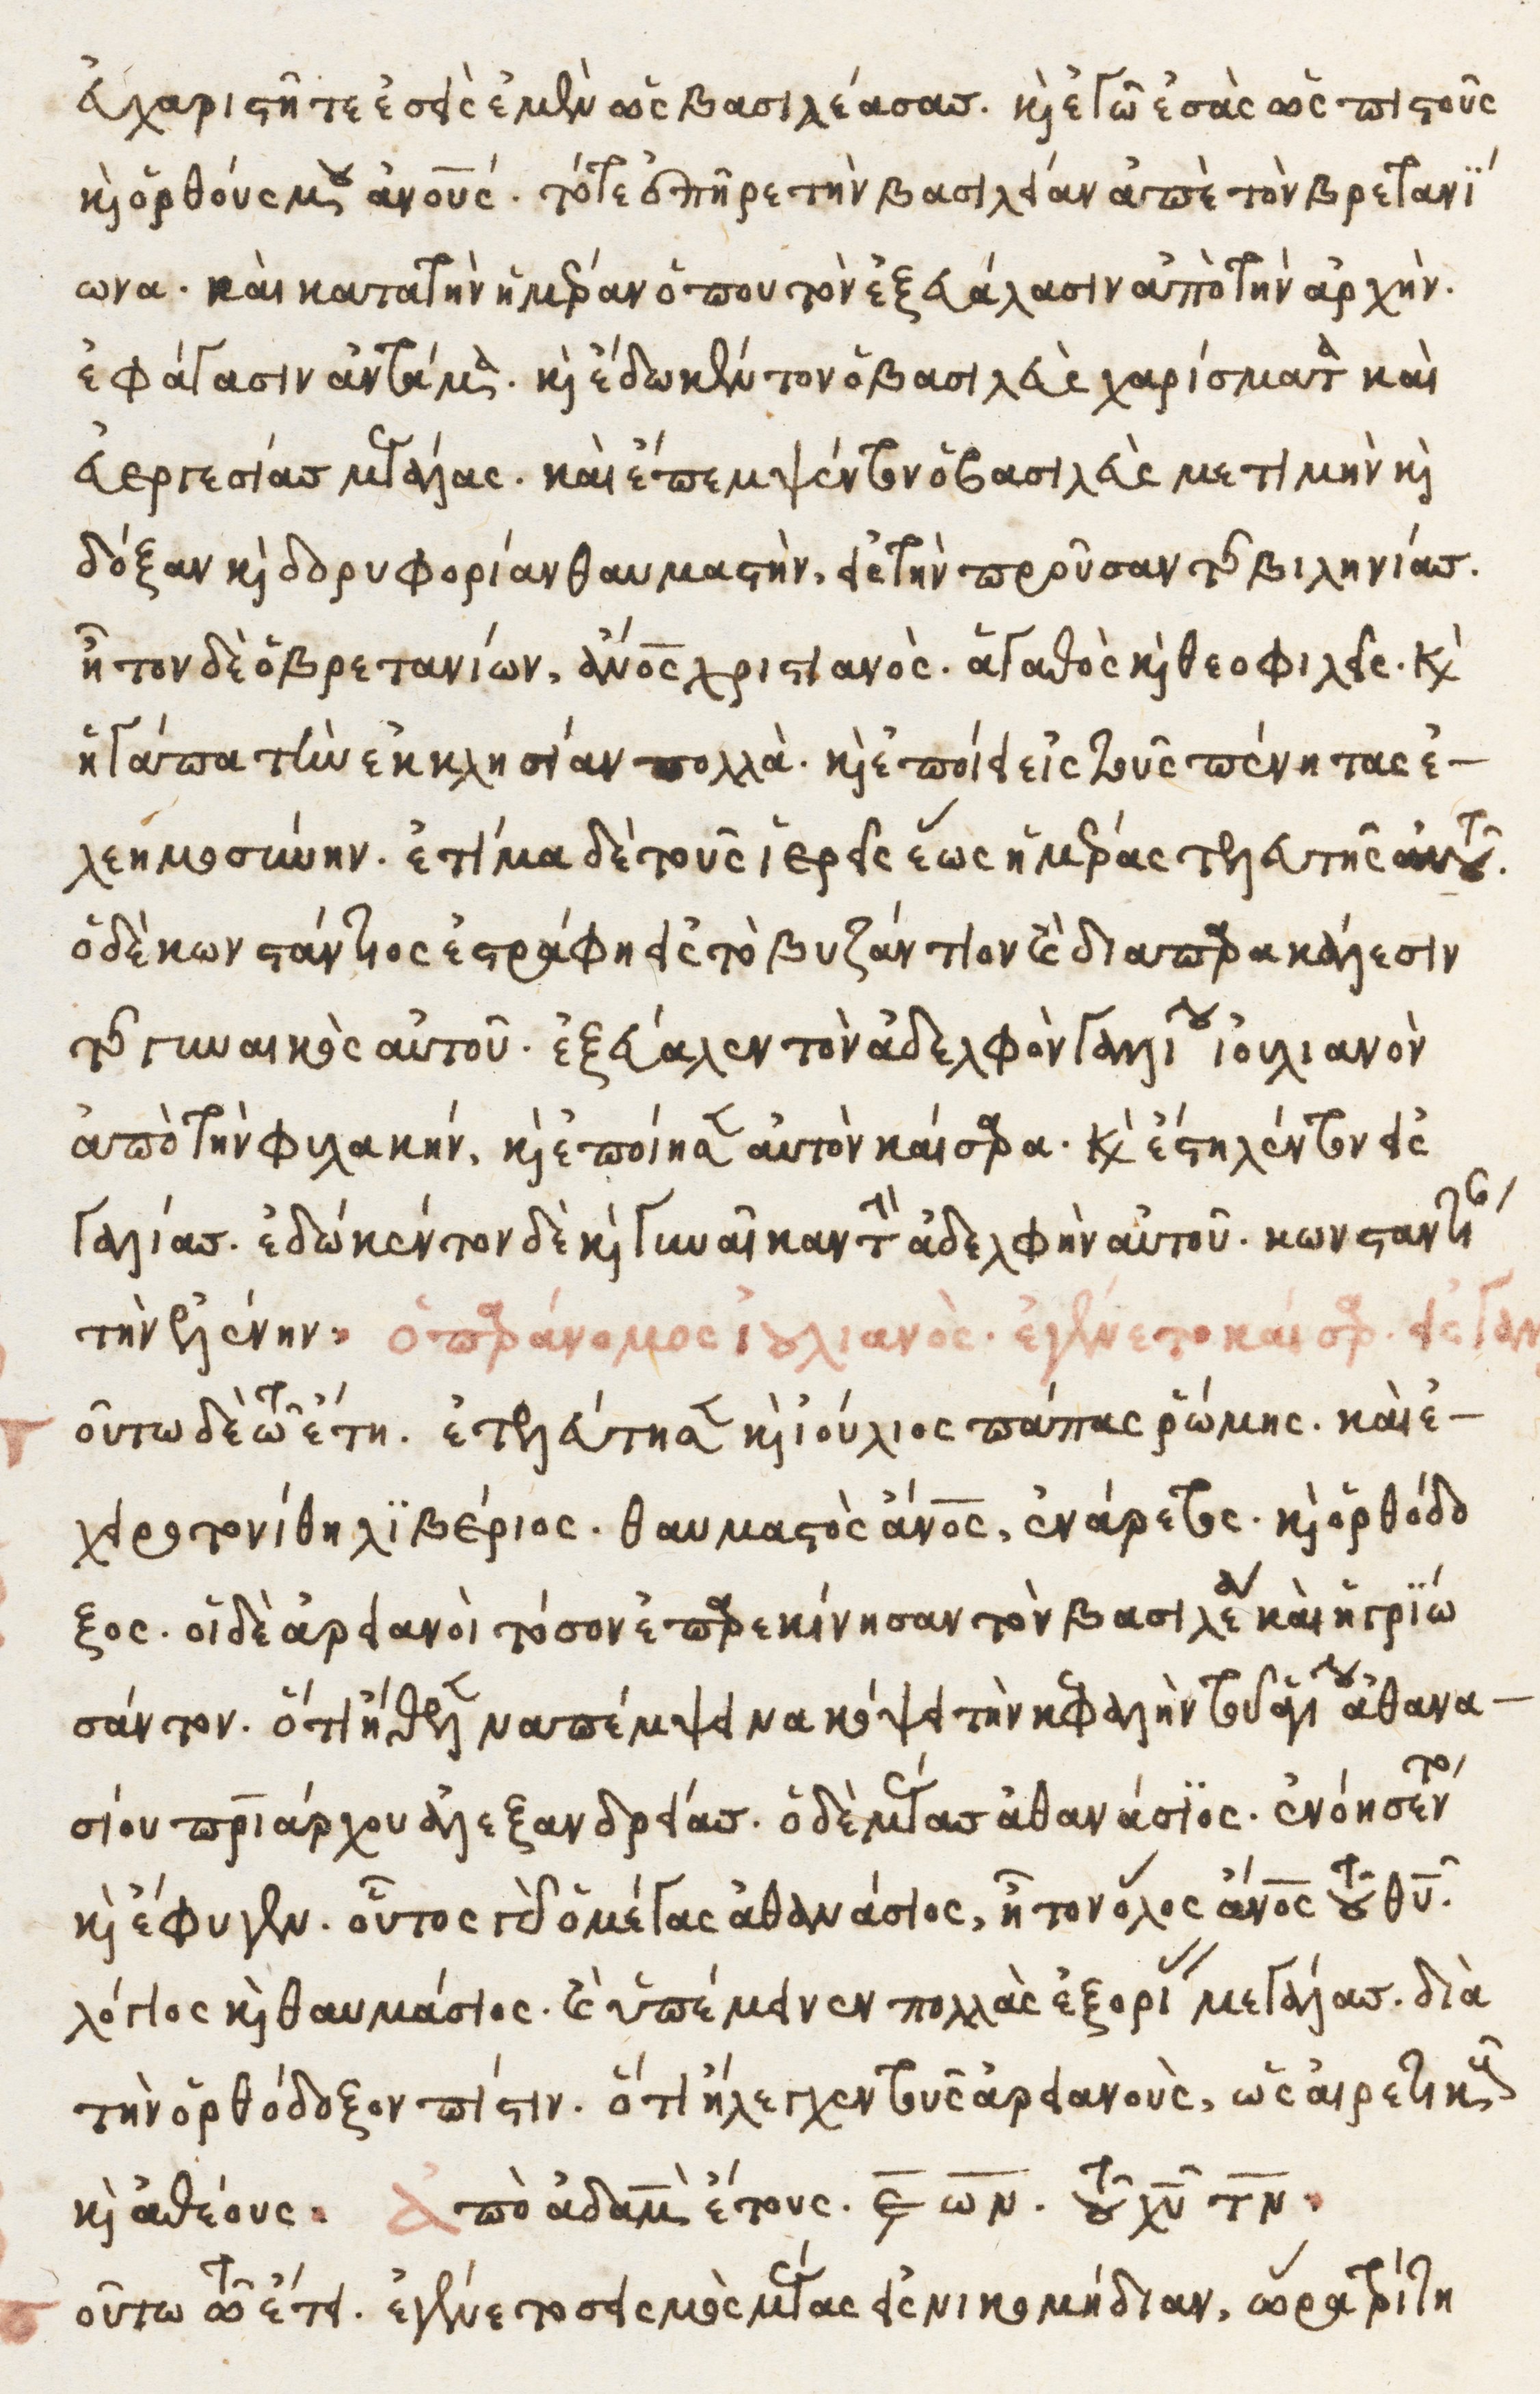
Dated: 1525–1549